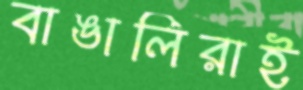
বাঙালিরাই